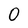
Character: O